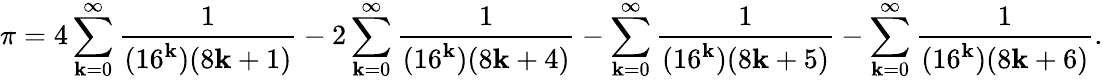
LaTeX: \pi=4\sum_{\mathbf{k}=0}^{\infty}{\frac{{1}}{{(16^{\mathbf{k}})(8\mathbf{k}+1)}}}-2\sum_{\mathbf{k}=0}^{\infty}{\frac{{1}}{{(16^{\mathbf{k}})(8\mathbf{k}+4)}}}-\sum_{\mathbf{k}=0}^{\infty}{\frac{{1}}{{(16^{\mathbf{k}})(8\mathbf{k}+5)}}}-\sum_{\mathbf{k}=0}^{\infty}{\frac{{1}}{{(16^{\mathbf{k}})(8\mathbf{k}+6)}}}.